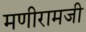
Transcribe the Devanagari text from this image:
मणीरामजी